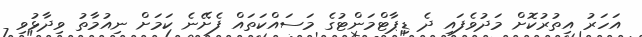
އަހަރު އިތުރުކޮށް މަދުވެފައި ދެ ޑިޕާޓްމަންޓުގެ މަސައްކަތައް ފެށޭނެ ކަމަށް ނިއުމާތު ވިދާޅުވި